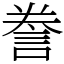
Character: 誊